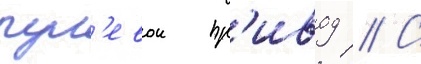
рул'евои пр'ивод // С